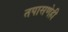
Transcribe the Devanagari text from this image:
तपासणेही